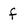
Character: f